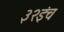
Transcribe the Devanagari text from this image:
३२इंच